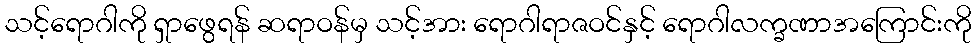
သင့်ရောဂါကို ရှာဖွေရန် ဆရာဝန်မှ သင့်အား ရောဂါရာဇဝင်နှင့် ရောဂါလက္ခဏာအကြောင်းကို